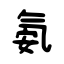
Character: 氨